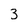
Character: 3